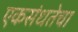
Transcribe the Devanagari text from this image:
एकसंधतेचा